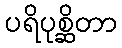
ပရိပုစ္ဆိတာ